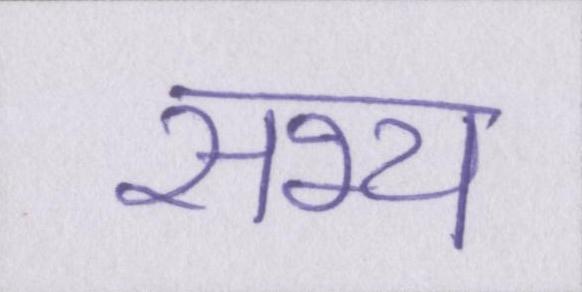
सभ्य